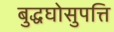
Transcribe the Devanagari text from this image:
बुद्धघोसुपत्ति